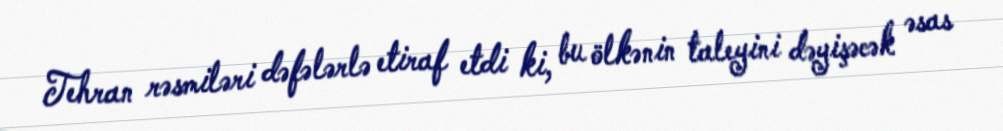
Tehran rəsmiləri dəfələrlə etiraf etdi ki, bu ölkənin taleyini dəyişəcək əsas